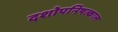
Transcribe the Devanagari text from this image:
दशोपनिषत्काल